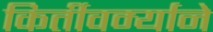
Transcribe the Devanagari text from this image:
किर्तीवर्म्याने